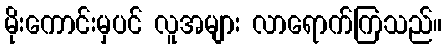
မိုးကောင်းမှပင် လူအများ လာရောက်ကြသည်။